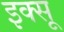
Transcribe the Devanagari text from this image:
इक्सू